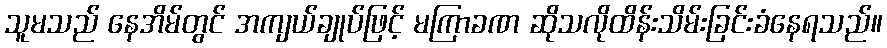
သူမသည် နေအိမ်တွင် အကျယ်ချုပ်ဖြင့် မကြာခဏ ဆိုသလိုထိန်းသိမ်းခြင်းခံနေရသည်။